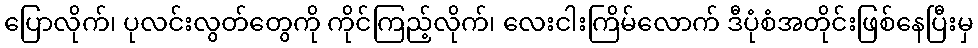
ပြောလိုက်၊ ပုလင်းလွတ်တွေကို ကိုင်ကြည့်လိုက်၊ လေးငါးကြိမ်လောက် ဒီပုံစံအတိုင်းဖြစ်နေပြီးမှ